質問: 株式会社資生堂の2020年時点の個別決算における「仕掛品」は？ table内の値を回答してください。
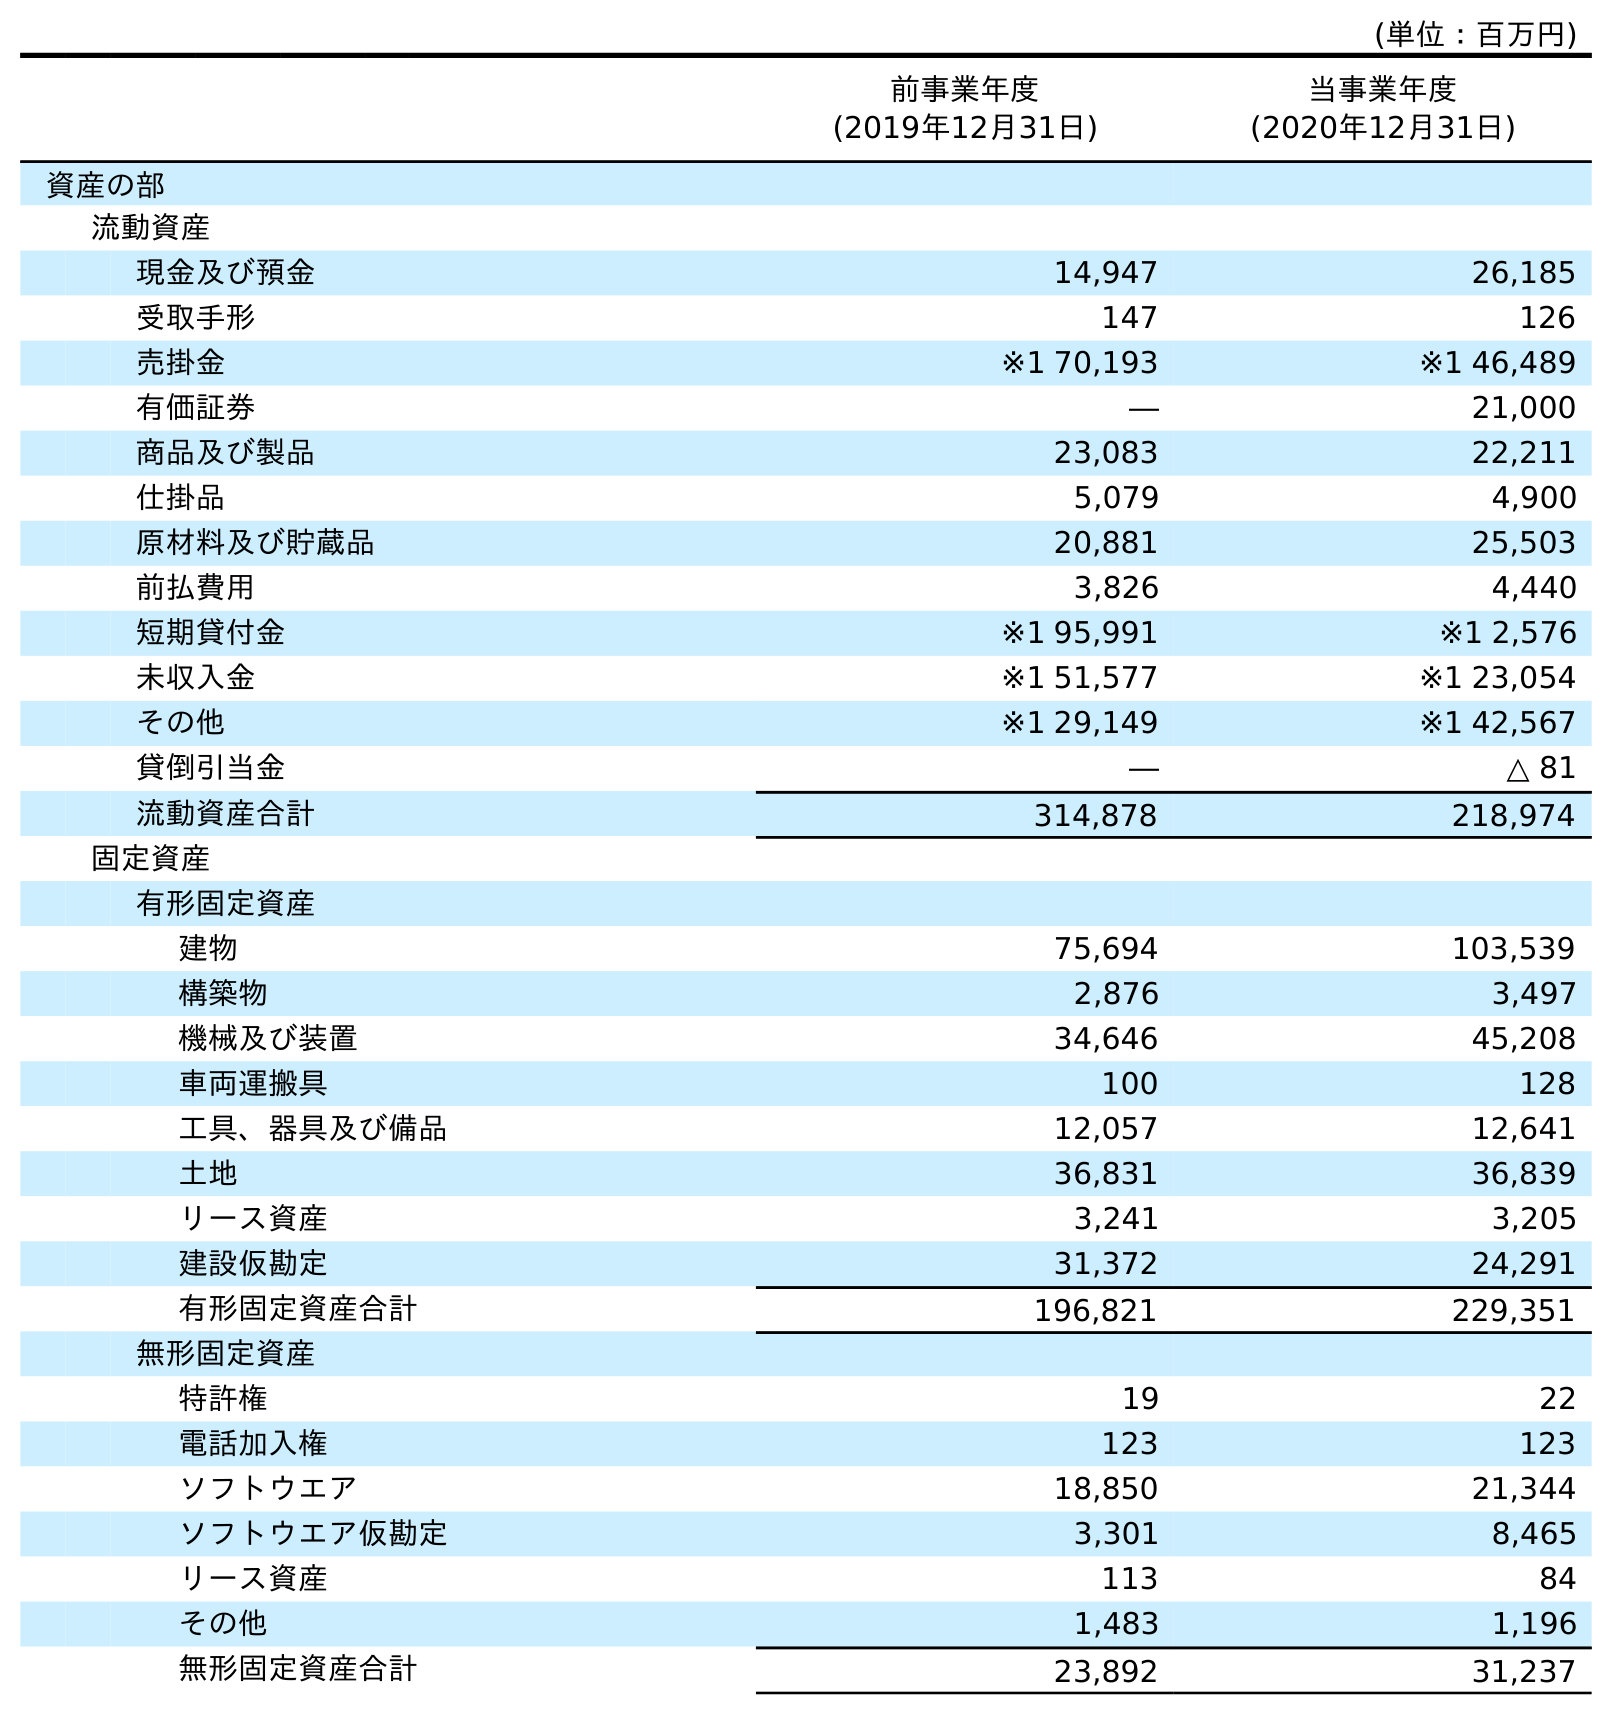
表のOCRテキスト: (単位：百万円) 前事業年度 (2019年12月31日) 当事業年度 (2020年12月31日) 資産の部 流動資産 現金及び預金 14,947 26,185 受取手形 147 126 売掛金 ※1 70,193 ※1 46,489 有価証券 ― 21,000 商品及び製品 23,083 22,211 仕掛品 5,079 4,900 原材料及び貯蔵品 20,881 25,503 前払費用 3,826 4,440 短期貸付金 ※1 95,991 ※1 2,576 未収入金 ※1 51,577 ※1 23,054 その他 ※1 29,149 ※1 42,567 貸倒引当金 ― △ 81 流動資産合計 314,878 218,974 固定資産 有形固定資産 建物 75,694 103,539 構築物 2,876 3,497 機械及び装置 34,646 45,208 車両運搬具 100 128 工具、器具及び備品 12,057 12,641 土地 36,831 36,839 リース資産 3,241 3,205 建設仮勘定 31,372 24,291 有形固定資産合計 196,821 229,351 無形固定資産 特許権 19 22 電話加入権 123 123 ソフトウエア 18,850 21,344 ソフトウエア仮勘定 3,301 8,465 リース資産 113 84 その他 1,483 1,196 無形固定資産合計 23,892 31,237
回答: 4,900